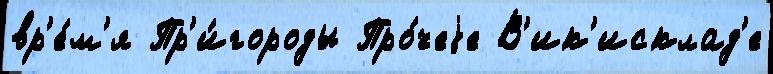
вр'е́м'я Пр'и́городы Про́чеjе В'ик'исклад'е